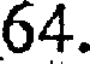
64.